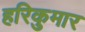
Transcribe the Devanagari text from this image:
हरिकुमार